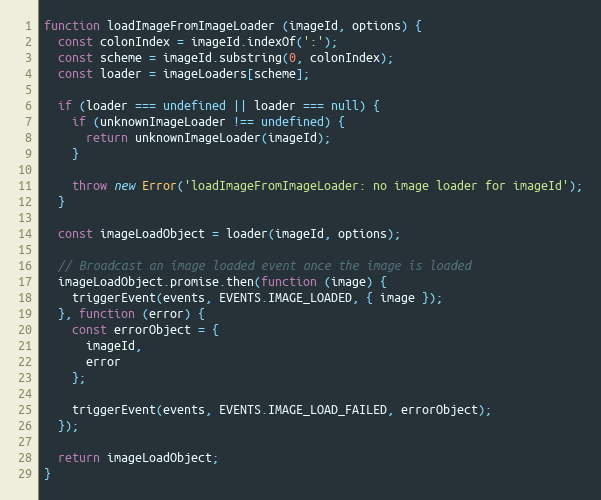
Language: JavaScript
function loadImageFromImageLoader (imageId, options) {
  const colonIndex = imageId.indexOf(':');
  const scheme = imageId.substring(0, colonIndex);
  const loader = imageLoaders[scheme];

  if (loader === undefined || loader === null) {
    if (unknownImageLoader !== undefined) {
      return unknownImageLoader(imageId);
    }

    throw new Error('loadImageFromImageLoader: no image loader for imageId');
  }

  const imageLoadObject = loader(imageId, options);

  // Broadcast an image loaded event once the image is loaded
  imageLoadObject.promise.then(function (image) {
    triggerEvent(events, EVENTS.IMAGE_LOADED, { image });
  }, function (error) {
    const errorObject = {
      imageId,
      error
    };

    triggerEvent(events, EVENTS.IMAGE_LOAD_FAILED, errorObject);
  });

  return imageLoadObject;
}